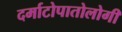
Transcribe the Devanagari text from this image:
दर्माटोपातोलोगी